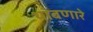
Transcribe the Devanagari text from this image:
थांबणारे